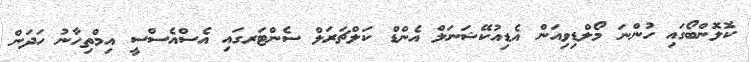
ކޮލޮންބޯގައި ހުންނަ މޯލްޑިވިއަން އެޑިއުކޭޝަނަލް އެންޑް ކަލްޗަރަލް ސެންޓަރގައި އެސްއެސްސީ އިމްތިހާނު ހަދަން